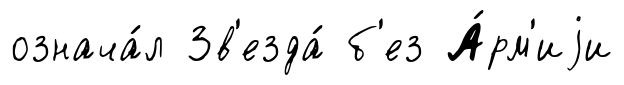
означа́л Зв'езда́ б'ез А́рм'иjи